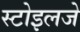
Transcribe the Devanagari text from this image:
स्टोइलजे